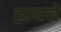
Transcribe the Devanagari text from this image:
हायचे